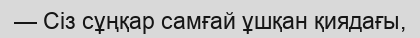
— Сіз сұңқар самғай ұшқан қиядағы,